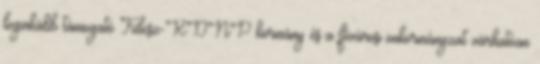
leginkább támogató Fidesz-KDNP kormány és a fővárosi önkormányzat várhatóan